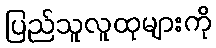
ပြည်သူလူထုများကို